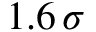
1 . 6 \, \sigma